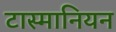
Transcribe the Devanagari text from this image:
टास्मानियन